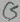
Text: C5